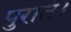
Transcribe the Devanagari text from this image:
पुरात।